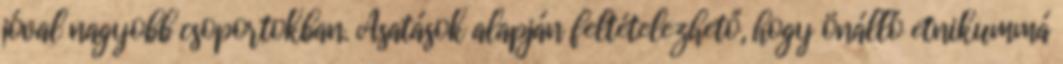
jóval nagyobb csoportokban. Ásatások alapján feltételezhető, hogy önálló etnikummá